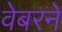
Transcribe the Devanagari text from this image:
वेबरने